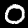
Label: 0